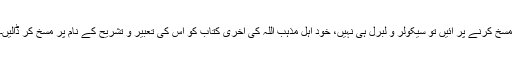
مسخ کرنے پر آئیں تو سیکولر و لبرل ہی نہیں، خود اہل مذہب اللہ کی آخری کتاب کو اس کی تعبیر و تشریح کے نام پر مسخ کر ڈالیں۔